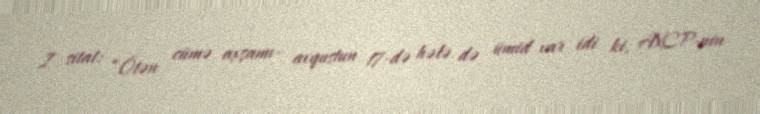
I sitat: “Ötən cümə axşamı- avqustun 17-də hələ də ümid var idi ki, AXCP-nin